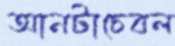
আনটাচেবল